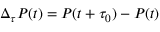
\Delta _ { \tau } P ( t ) = P ( t + \tau _ { 0 } ) - P ( t )